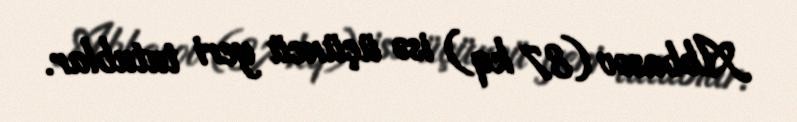
Abbasov (87 kq) isə üçüncü yeri tutublar.